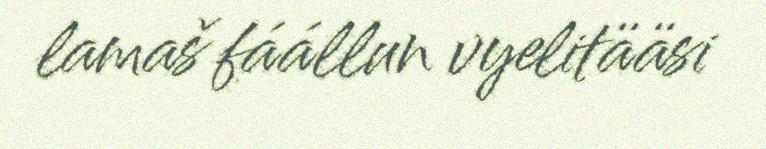
lamaš fáállun vyelitääsi